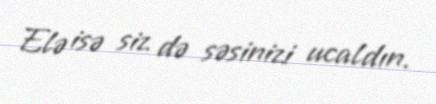
Elə isə siz də səsinizi ucaldın.